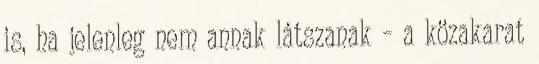
is, ha jelenleg nem annak látszanak – a közakarat